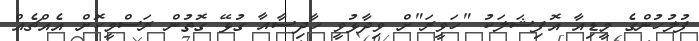
ފުލުހުންގެ މީޑިއާ އޮފިޝަލަކު "ހަވީރަ"ށް ވިދާޅުވީ ހާދިސާއާ ގުޅޭ ގޮތުން ރަސްމީކޮށް އެއްޗެއް